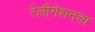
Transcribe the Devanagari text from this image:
रेलीगेशनचा